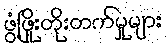
ဖွံ့ဖြိုးတိုးတက်မှုများ